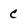
Character: c